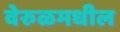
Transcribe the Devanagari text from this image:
वेरुळमधील